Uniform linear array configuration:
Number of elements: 12
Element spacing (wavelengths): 0.75
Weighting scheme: blackman
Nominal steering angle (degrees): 60
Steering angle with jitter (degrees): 58.351
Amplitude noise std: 0.05
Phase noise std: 0.05

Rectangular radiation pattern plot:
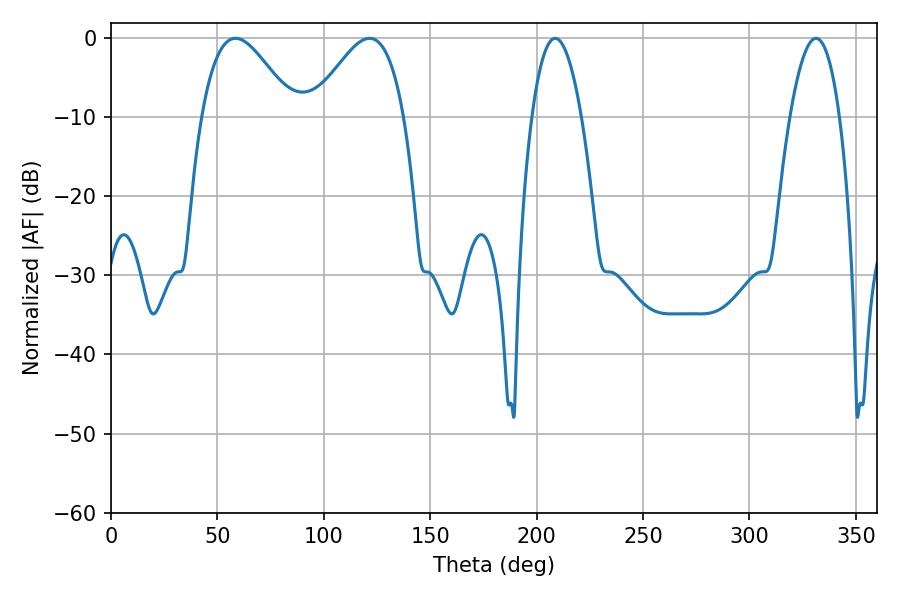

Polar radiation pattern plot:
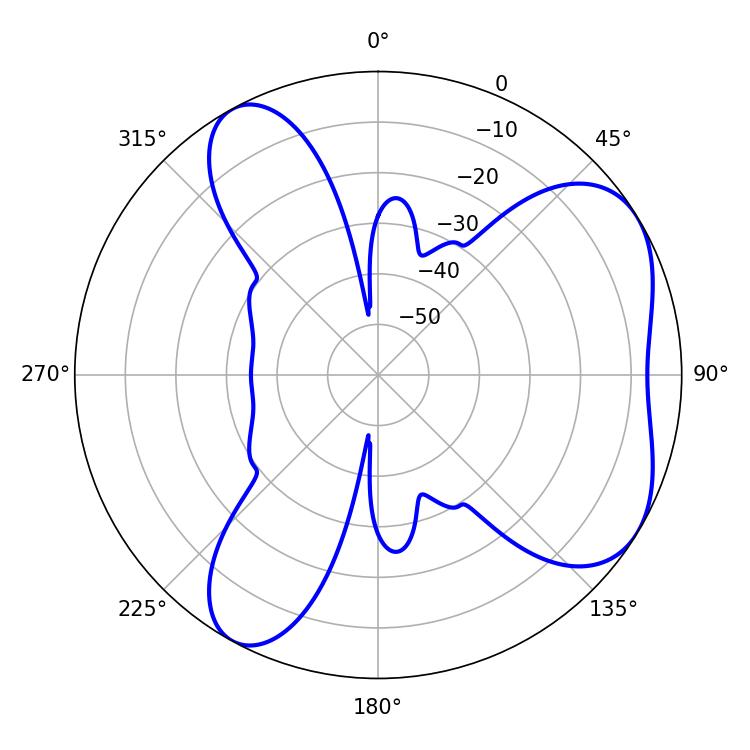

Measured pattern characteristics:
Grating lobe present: TRUE
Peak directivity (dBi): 5.526
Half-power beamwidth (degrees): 23.22
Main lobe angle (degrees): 58.5